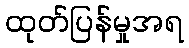
ထုတ်ပြန်မှုအရ